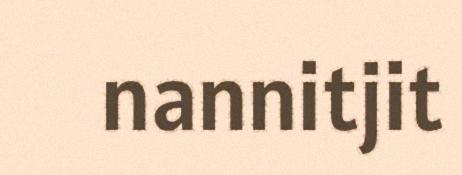
nannitjit